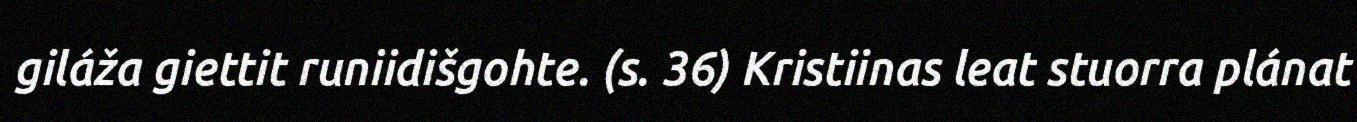
giláža giettit runiidišgohte. (s. 36) Kristiinas leat stuorra plánat